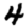
Digit: 4